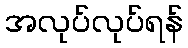
အလုပ်လုပ်ရန်